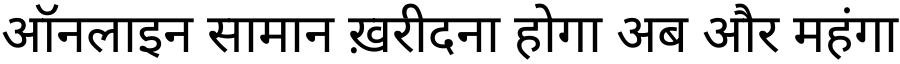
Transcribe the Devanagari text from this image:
ऑनलाइन सामान ख़रीदना होगा अब और महंगा